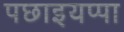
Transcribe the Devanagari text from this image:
पछाइयप्पा